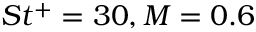
S t ^ { + } = 3 0 , M = 0 . 6